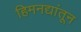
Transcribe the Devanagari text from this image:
हिमनद्यांतून